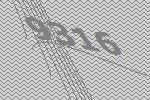
9316